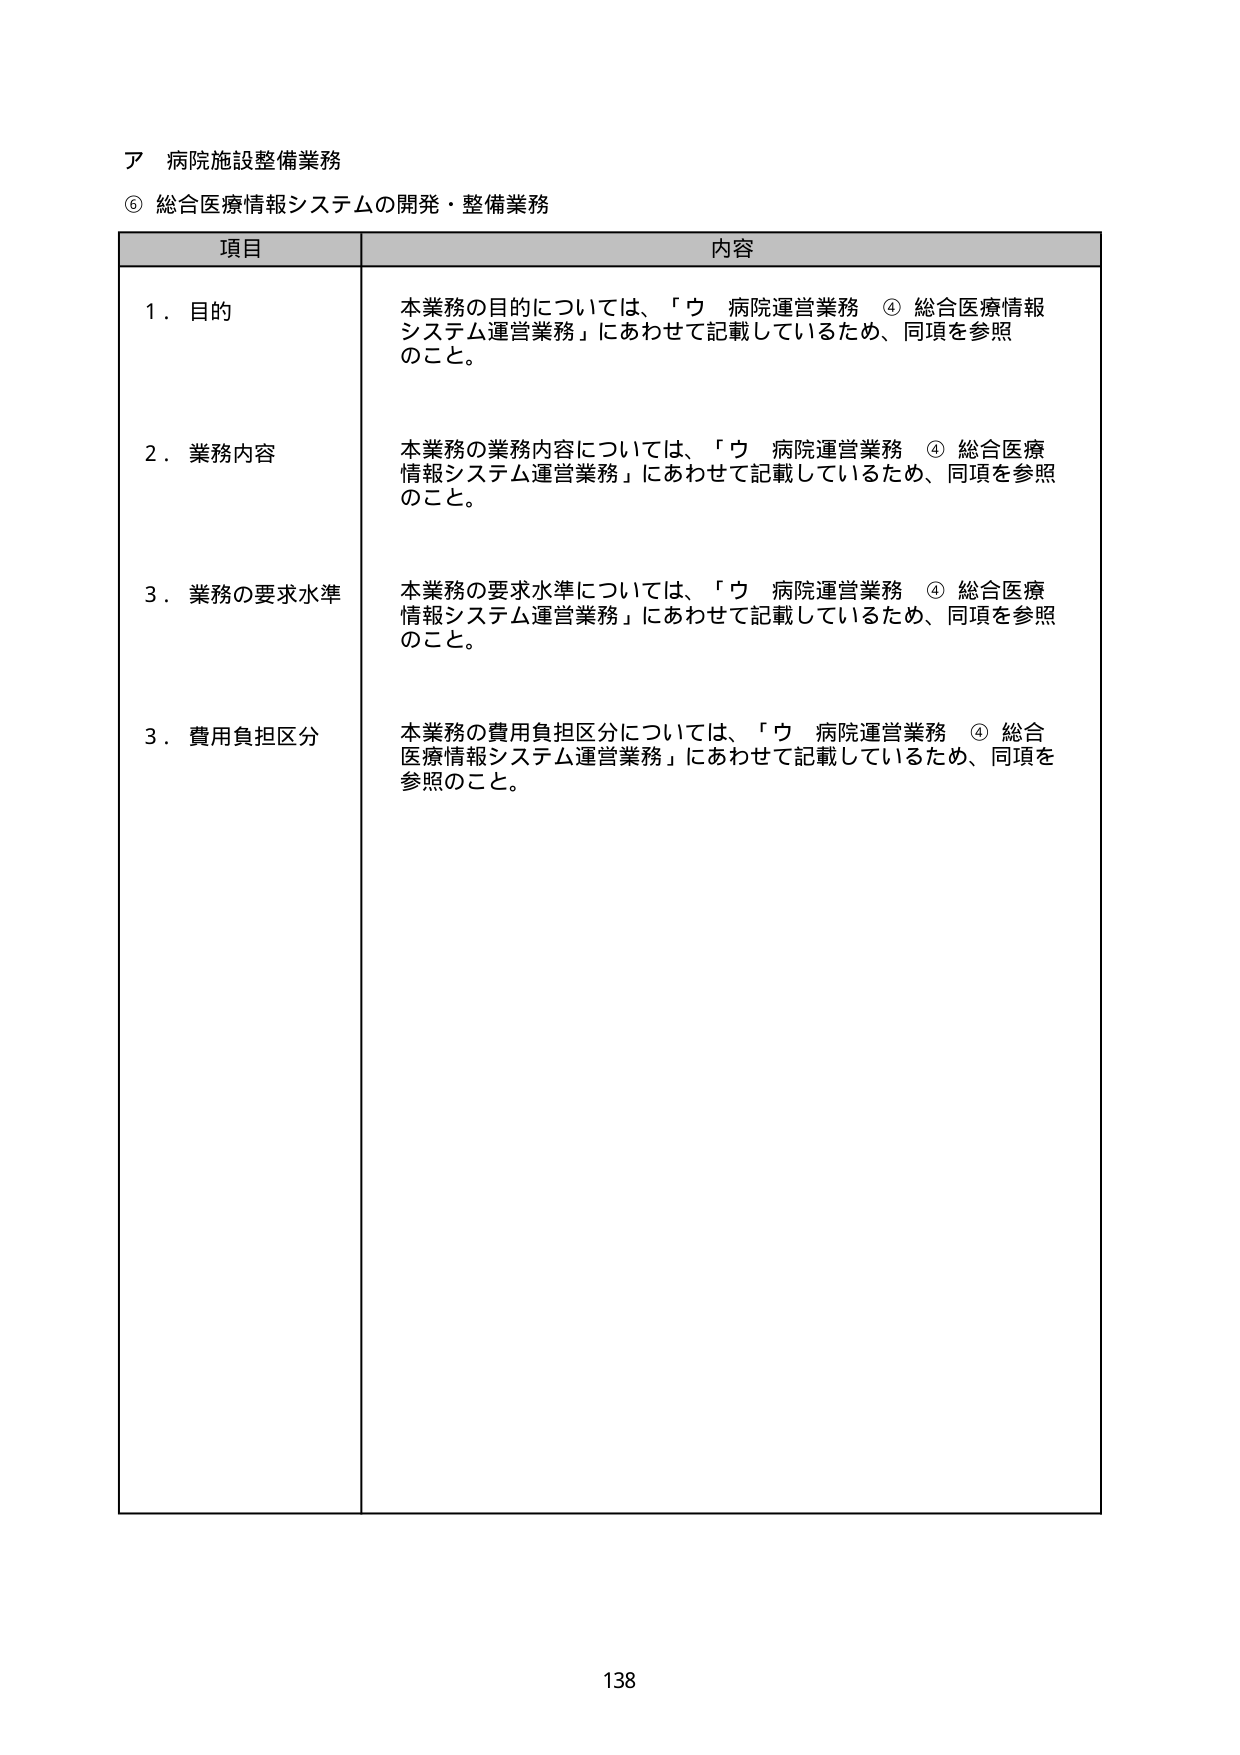
ア 病院施設整備業務
⑥ 総合医療情報システムの開発・整備業務

項目 内容

1．目的
本業務の目的については、「ウ 病院運営業務 ④ 総合医療情報システム運営業務」にあわせて記載しているため、同項を参照のこと。

2．業務内容
本業務の業務内容については、「ウ 病院運営業務 ④ 総合医療情報システム運営業務」にあわせて記載しているため、同項を参照のこと。

3．業務の要求水準
本業務の要求水準については、「ウ 病院運営業務 ④ 総合医療情報システム運営業務」にあわせて記載しているため、同項を参照のこと。

3．費用負担区分
本業務の費用負担区分については、「ウ 病院運営業務 ④ 総合医療情報システム運営業務」にあわせて記載しているため、同項を参照のこと。

138